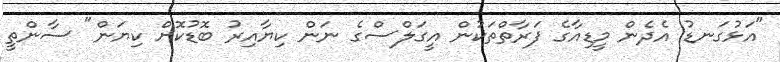
"އަޅުގަނޑު އެދެން މީޑިއާގެ ފަރާތްތަކުން އީގަލްސްގެ ނަން ކިޔާއިރު ބޮޑުކޮށް ކިޔަން" ސާންތީ